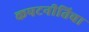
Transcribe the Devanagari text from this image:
कपटनीतिचा